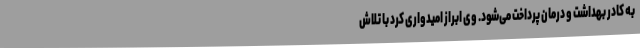
به کادر بهداشت و درمان پرداخت می‌شود. وی ابراز امیدواری کرد با تلاش